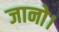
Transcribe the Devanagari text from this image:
जानो।